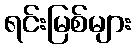
ရင်းမြစ်များ